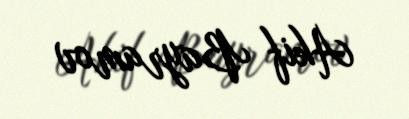
Akif Bayramov